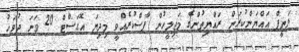
ލަތީފް އައްޔަންކުރަން ރައްޔިތުންގެ މަޖިލީހުން ފާސްކުރެއްވީ މިދިޔަ އޮގަސްޓް 20 ވަނަ ދުވަހު